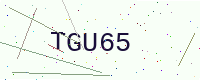
Text: TGU65